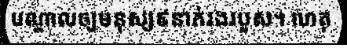
បណ្តាលឲ្យមនុស្ស៩នាក់រងរបួស។ ហេតុ